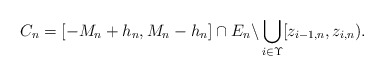
\begin{align*}C_{n}=[-M_{n}+h_{n},M_{n}-h_{n}]\cap E_{n}\backslash \bigcup_{i\in \Upsilon}[z_{i-1,n},z_{i,n}). \end{align*}